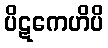
ပိဋကေဟိပိ